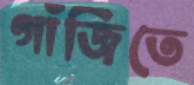
গাঁজিতে